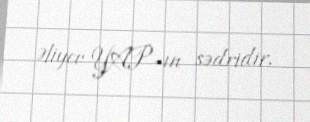
Əliyev YAP-ın sədridir.